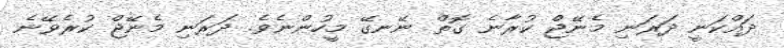
ދައްކަނީ ދަރަނި މެނޭޖް ކުރާނެ ގޮތް ނޭނގޭ މީހުންނެވެ. ދަރަނި މެނޭޖް ކުރެވޭނެ